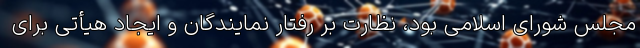
مجلس شورای اسلامی بود، نظارت بر رفتار نمایندگان و ایجاد هیأتی برای